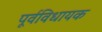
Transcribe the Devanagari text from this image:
पूर्वविधायक